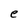
Character: e